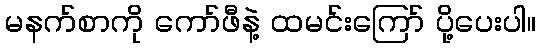
မနက်စာကို ကော်ဖီနဲ့ ထမင်းကြော် ပို့ပေးပါ။